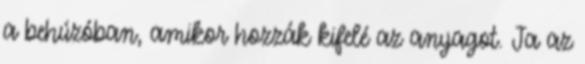
a behúzóban, amikor hozzák kifelé az anyagot. Ja az